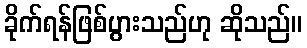
ခိုက်ရန်ဖြစ်ပွားသည်ဟု ဆိုသည်။